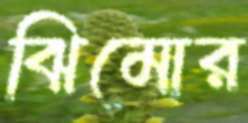
ঝিমোর